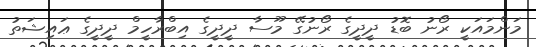
މަންމައަކީ ރޯނު ބޮޑު ދީދީގެ ރޯނުގޭ މޫސާ ދީދީގެ އިބްރާހީމް ދީދީގެ ޢައިޝަތު